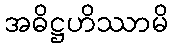
အဓိဋ္ဌဟိဿာမိ